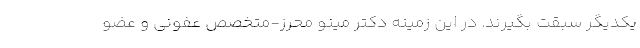
یکدیگر سبقت بگیرند. در این زمینه دکتر مینو محرز-متخصص عفونی و عضو